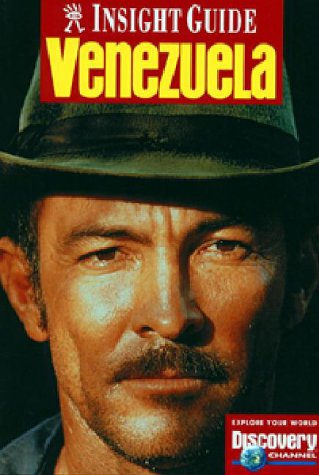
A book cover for Venezuela (Insight Guide Venezuela); Insight Guides; Travel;